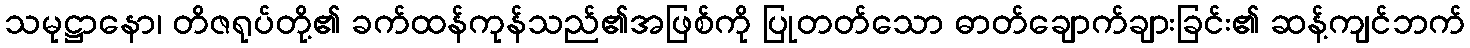
သမုဋ္ဌာနော၊ တိဇရုပ်တို့၏ ခက်ထန်ကုန်သည်၏အဖြစ်ကို ပြုတတ်သော ဓာတ်ချောက်ချားခြင်း၏ ဆန့်ကျင်ဘက်